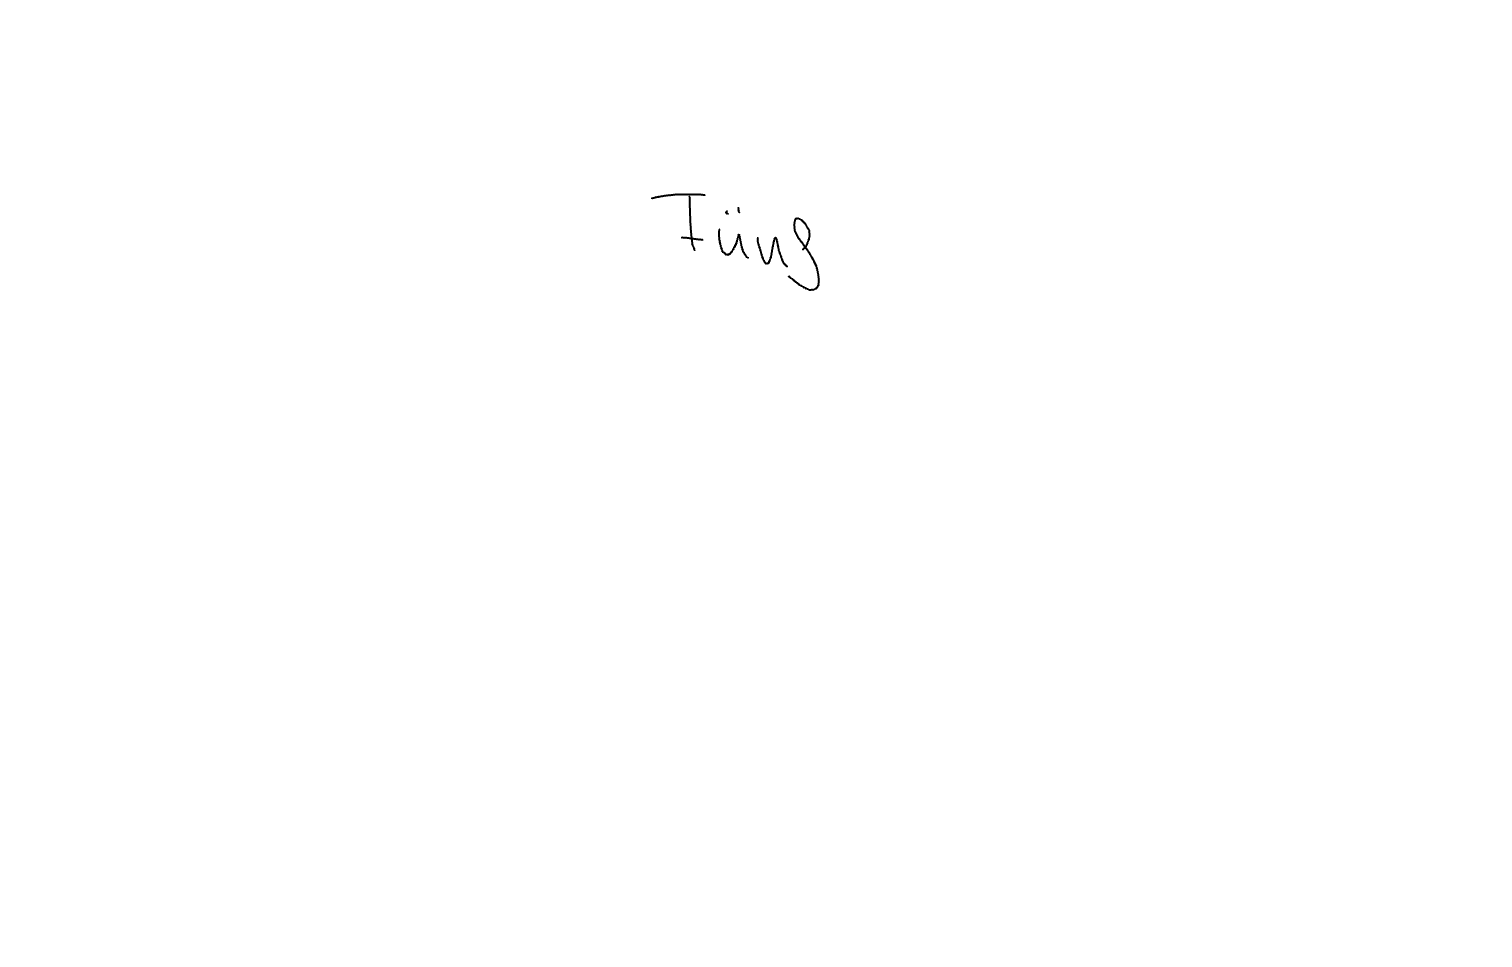
Text: Fünf